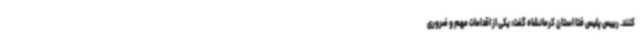
کنند. رییس پلیس فتا استان کرمانشاه گفت: یکی از اقدامات مهم و ضروری